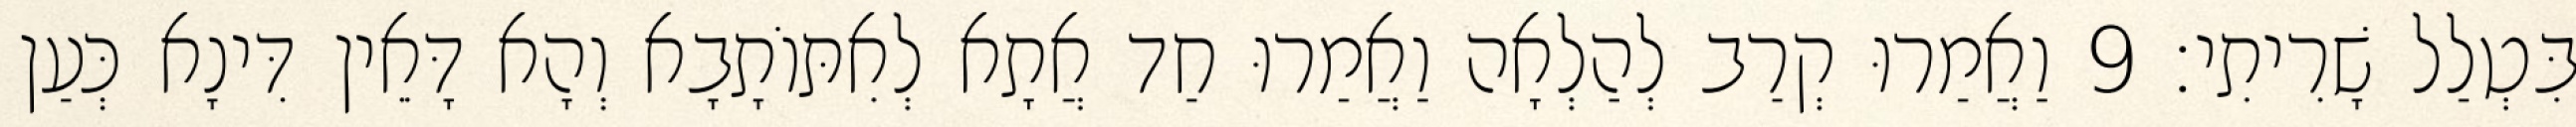
בִּטְלַל שָׁרִיתִי׃ 9 וַאֲמַרוּ קְרַב לְהַלְאָה וַאֲמַרוּ חַד אֲתָא לְאִתּוֹתָבָא וְהָא דָּאֵין דִּינָא כְּעַן